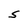
Character: S